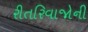
રીતરિવાજોની